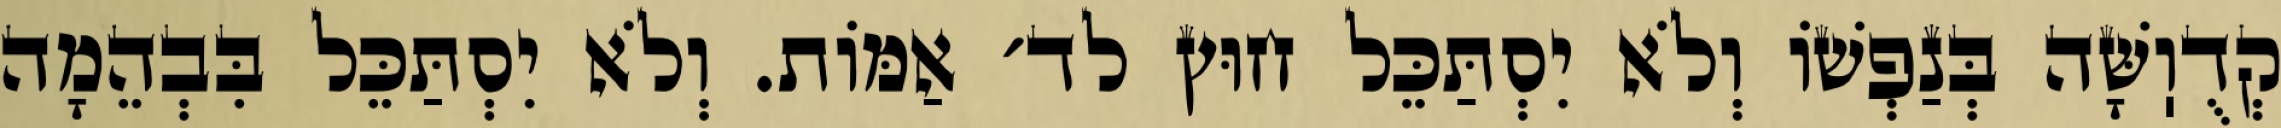
קְדֻוֽשָּׁה בְּנַפְשׁוֹ וְלֹא יִסְתַּכֵּל חוּץ לד׳ אַמּוֹת. וְלֹא יִסְתַּכֵּל בִּבְהֵמָה